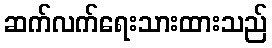
ဆက်လက်ရေးသားထားသည်